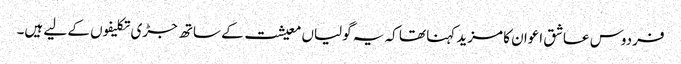
فردوس عاشق اعوان کا مزید کہنا تھا کہ یہ گولیاں معیشت کے ساتھ جڑی تکلیفوں کے لیے ہیں۔